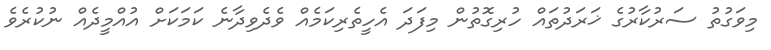
މިވަގުތު ސަރުކާރުގެ ޚަރަދުތައް ހުރިގޮތުން މިފަދަ އެހީތެރިކަމެއް ވެދެވިދާނެ ކަމަކަށް އުއްމީދެއް ނުކުރެވެ